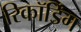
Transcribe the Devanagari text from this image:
रिकॉर्डिंग